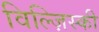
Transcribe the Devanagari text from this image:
विल्ज़िस्की